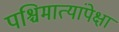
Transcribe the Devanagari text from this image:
पश्चिमात्यांपेक्षा